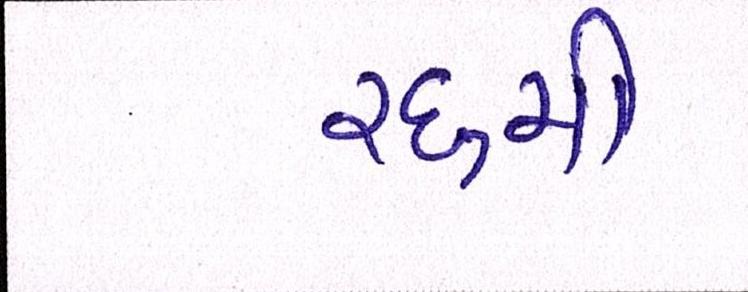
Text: ૨૬મી